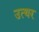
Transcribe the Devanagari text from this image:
उत्थर